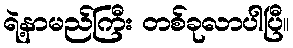
ရဲ့နာမည်ကြီး တစ်ခုလာပါပြီ။